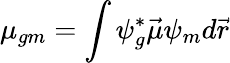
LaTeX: \mu_{gm}=\int\psi_{g}^{*}\vec{\mu}\psi_{m}d\vec{r}